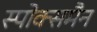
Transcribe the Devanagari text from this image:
स्पोक्समैन